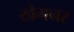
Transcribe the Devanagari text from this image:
खेमनर